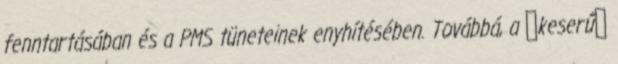
fenntartásában és a PMS tüneteinek enyhítésében. Továbbá, a keserű